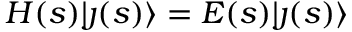
H ( s ) \lvert \j ( s ) \rangle = E ( s ) \lvert \j ( s ) \rangle